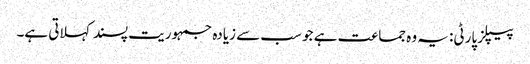
پیپلز پارٹی: یہ وہ جماعت ہے جو سب سے زیادہ جمہوریت پسند کہلاتی ہے۔